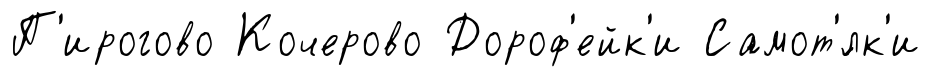
П'ирогово Кочерово Дороф'ейк'и Самот'́лк'и